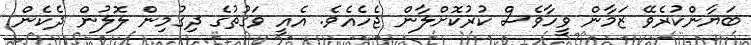
ބަޔާންކުރެވޭ ޒަމާން ވީހާވެސް ކުރުކޮށްލާން ޖެހެއެވެ. އެއީ ވަގުތުގެ ދިގުމިން ލޮލުން ދެކެން